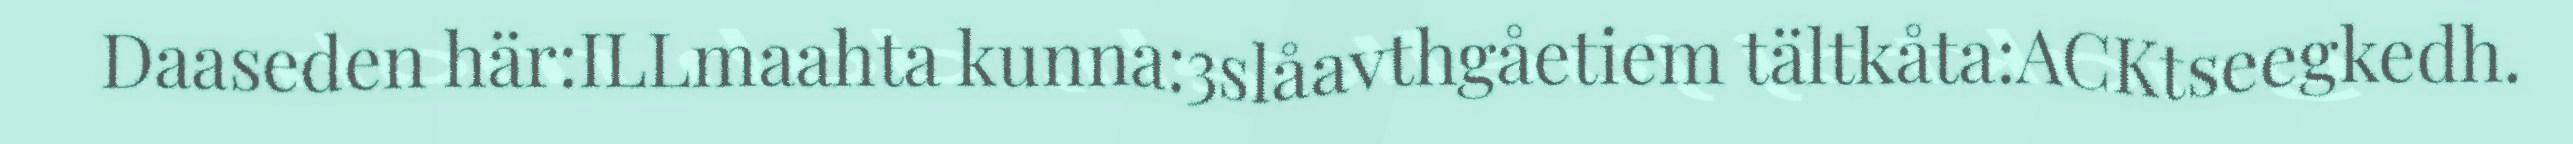
Daaseden här:ILLmaahta kunna:3slåavthgåetiem tältkåta:ACKtseegkedh.